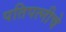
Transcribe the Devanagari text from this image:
पतिपत्नीचे